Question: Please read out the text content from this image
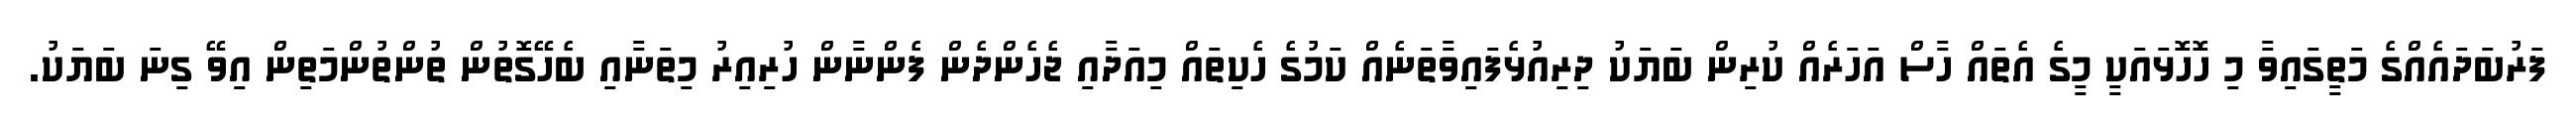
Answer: ފަރުބަދައެއްގެ މަތީގައިވާ މި ހޮހޮޅައަކީ މީގެ އެތައް ހާސް އަހަރެއް ކުރިން ބަޔަކު ދިރިއުޅެފައިވާތަނެއް ކަމުގެ ހެކިތައް މިއަދާއި ޖެހެންދެން ފެންނާން ހުރިއިރު މިތަނާއި ބެހޭގޮތުން ތުންތުންމަތިން އިވޭ ގިނަ ބަޔަކު.